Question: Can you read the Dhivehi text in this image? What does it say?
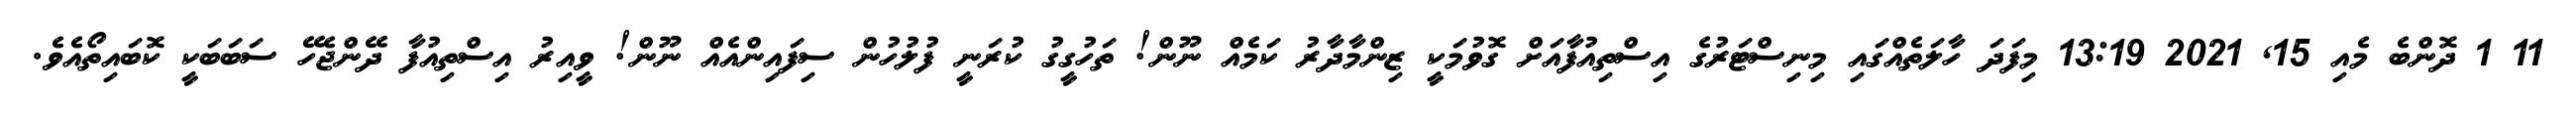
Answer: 11 1 ދޮންބެ މެއި 15, 2021 13:19 މިފަދަ ހާލަތެއްގައި މިނިސްޓަރުގެ އިސްތިއުފާއަށް ގޮވުމަކީ ޒިންމާދާރު ކަމެއް ނޫން! ތަހުގީގު ކުރަނީ ފުލުހުން ސިފައިންއެއް ނޫން! ވީއިރު އިސްތިއުފާ ދޭންޖެހޭ ސަބަބަކީ ކޮބައިތޯއެވެ.